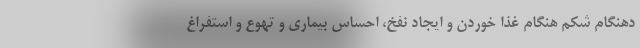
دهنگام شکم هنگام غذا خوردن و ایجاد نفخ، احساس بیماری و تهوع و استفراغ